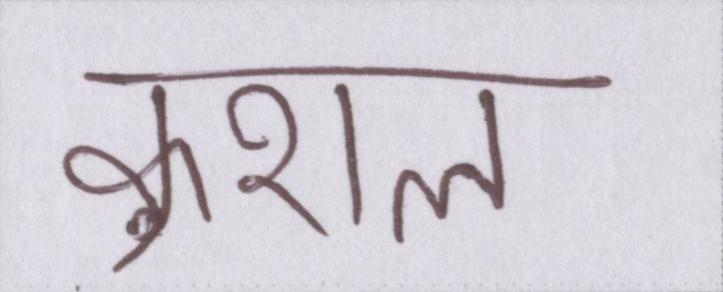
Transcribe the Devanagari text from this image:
कुशल